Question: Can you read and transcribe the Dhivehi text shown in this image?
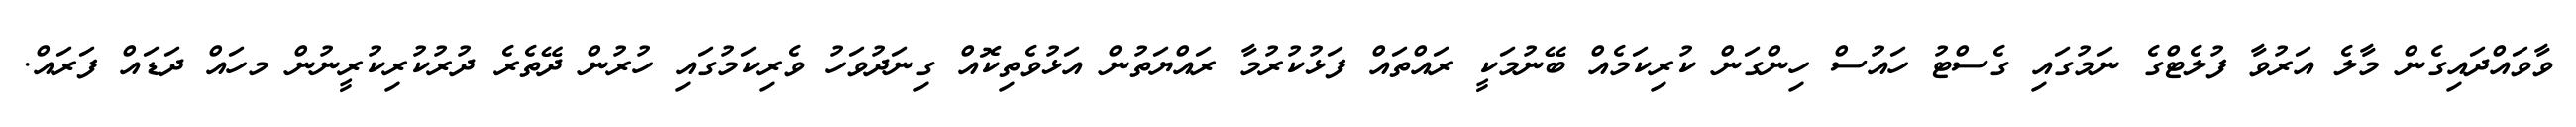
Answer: ވާވައްދައިގެން މާލެ އަރުވާ ފުލެޓްގެ ނަމުގައި ގެސްޓު ހައުސް ހިންގަން ކުރިކަމެއް ބޭނުމަކީ ރައްތައް ފަޅުކުރުމާ ރައްޔަތުން އަޅުވެތިކޮއް ގިނަދުވަހު ވެރިކަމުގައި ހުރުން ދޭތެރެ ދުރުކުރިކުރީނުން މހައް ދަޑައް ފަރައް.